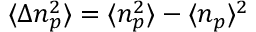
\langle \Delta n _ { p } ^ { 2 } \rangle = \langle n _ { p } ^ { 2 } \rangle - \langle n _ { p } \rangle ^ { 2 }